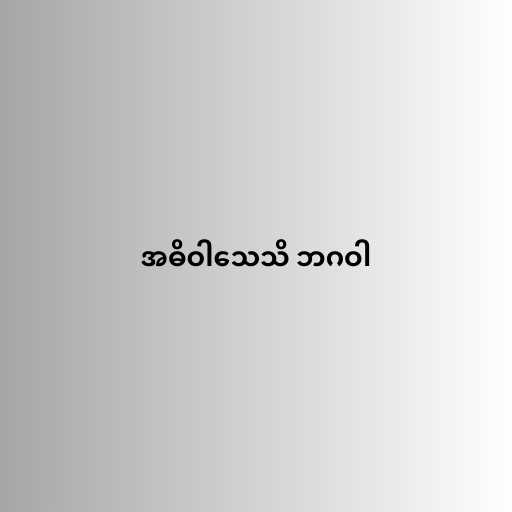
အဓိဝါသေသိ ဘဂဝါ